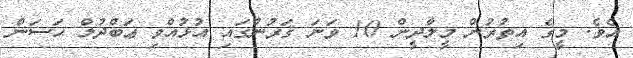
އެވެ. މީގެ އިތުރުން މީލާދީން 10 ވަނަ ޤަރުނުގައި އުޅުއްވި ޢަބްދުލް ޙަސަން